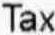
TAX